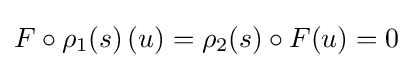
F\circ \rho _{1}(s)\,(u)=\rho _{2}(s)\circ F(u)=0